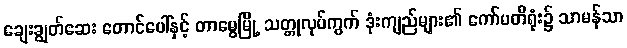
ချေးချွတ်ဆေး တောင်ပေါ်နှင့် တာမွေမြို့ သတ္တုလုပ်ကွက် ဒုံးကျည်များ၏ ကော်မတီရုံး၌ သာမန်သာ